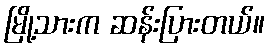
မြို့သားက ဆန်းပြားတယ်။